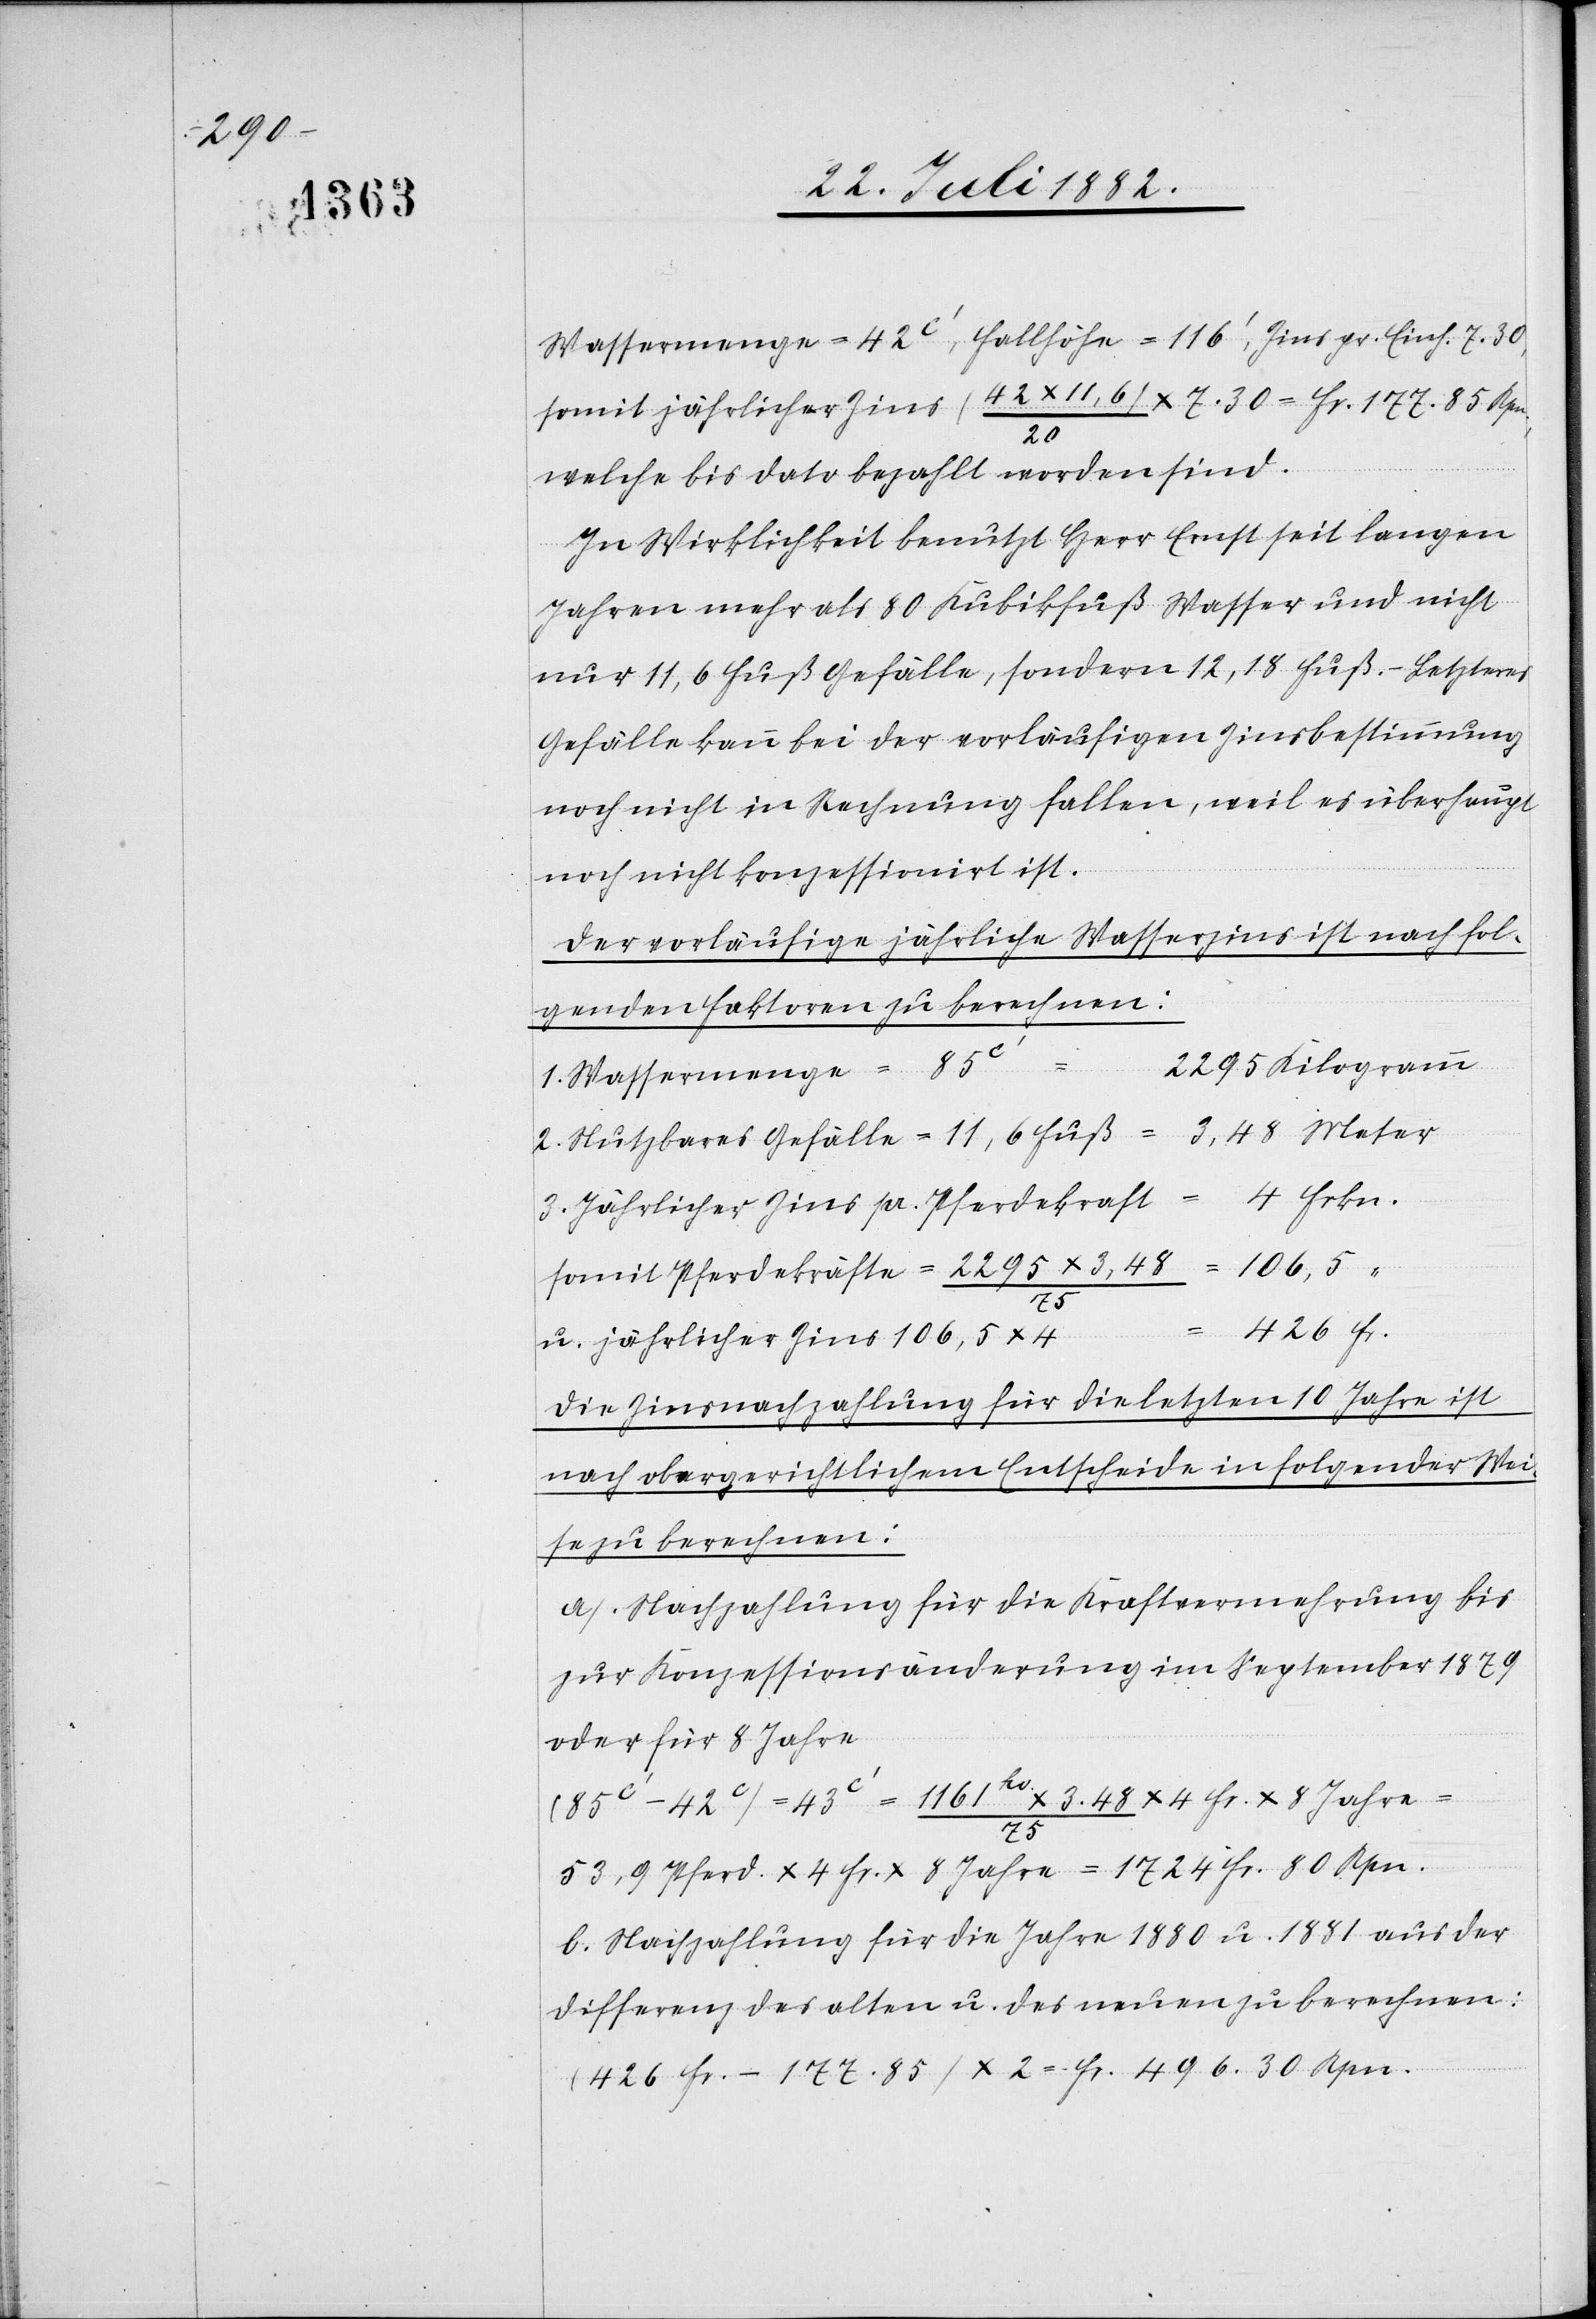
106,5

Wassermenge = 42c‘, Fallhöhe = 116‘ [sic!], Zins pr. Einh. 7.30,
somit jährlicher Zins (42 x 11,6/20) x 7.30 = Fr 177. 85 Rpn.,
welche bis dato bezahlt worden sind.
In Wirklichkeit benutzt Herr Ernst seit langen
Jahren mehr als 80 Kubikfuß Wasser und nicht
nur 11,6 Fuß Gefälle, sondern 12,18 Fuß. – Letzteres
Gefälle kann bei der vorläufigen Zinsbestimmung
noch nicht in Rechnung fallen, weil es überhaupt
noch nicht konzessionirt ist.
Der vorläufige jährliche Wasserzins ist nach fol¬
genden Faktoren zu berechnen:
2295 Kilogramm
Wassermenge = 85c‘
2. Nutzbares Gefälle = 11,6 Fuß = 3,48 Meter
4 Frkn.
3. Jährlicher Zins pr. Pferdekraft
somit Pferdekräfte = 2295
1.
4 Fr.
u. jährlicher Zins 106,5 x 4
Die Zinsnachzahlung für die letzten 10 Jahre ist
nach obergerichtlichem Entscheide in folgender Wei¬
se zu berechnen:
a.) Nachzahlung für die Kraftvermehrung bis
zur Konzessionsänderung im September 1879
oder für 8 Jahre
8
53,9 Pferd x 4 Fr. x 8 Jahre = 1724 Fr. 80 Rpn.
b. Nachzahlung für die Jahre 1880 u. 1881 aus der
Differenz des alten u. des neuen zu berechnen:
(426 Fr.–177.85) x 2 = Fr. 496. 30 Rpn.